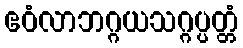
ဧဝံလာဘဂ္ဂယသဂ္ဂပ္ပတ္တံ